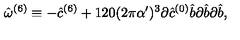
\hat { \omega } ^ { ( 6 ) } \equiv - { \hat { c } } ^ { ( 6 ) } + 1 2 0 ( 2 \pi \alpha ^ { \prime } ) ^ { 3 } \partial { \hat { c } } ^ { ( 0 ) } { \hat { b } } \partial { \hat { b } } \partial { \hat { b } } ,